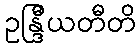
ဥန္ဒြီယတီတိ